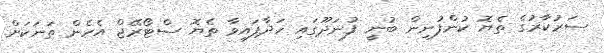
ސަރުކާރުގެ ތެޔޮ ކުންފުނިން ބުނީ ފުނަދޫގައި ހަދާފައިވާ ތެޔޮ ސްޓޯރޭޖް އެހެން ތަނަކަށް